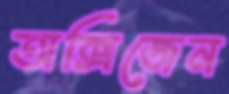
অক্সিজেন